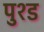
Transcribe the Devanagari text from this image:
पुश्ड